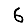
Digit: 6